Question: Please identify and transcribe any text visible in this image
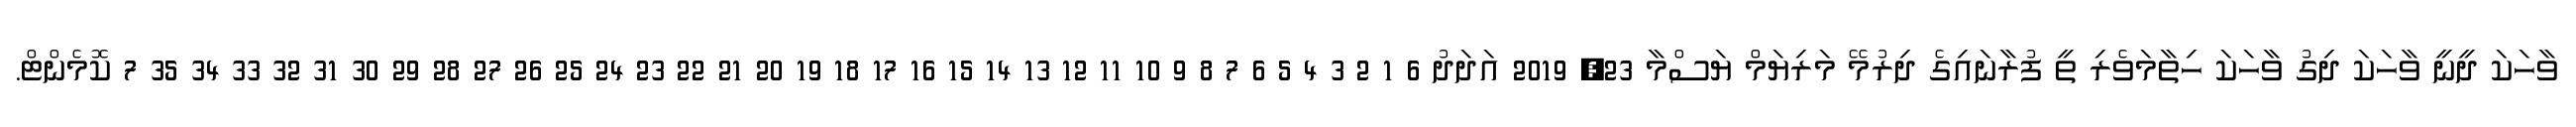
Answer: ވާހަކަ ދީނީ ވާހަކަ ދިގު ވާހަކަ ހިތާމަވެރި ތީ ފުރާނައިގެ ދިރުމޭ މަރިޔަމް ޔަސްމާ 23, 2019 އަދަދު 6 1 2 3 4 5 6 7 8 9 10 11 12 13 14 15 16 17 18 19 20 21 22 23 24 25 26 27 28 29 30 31 32 33 34 35 7 ކޮމެންޓް.